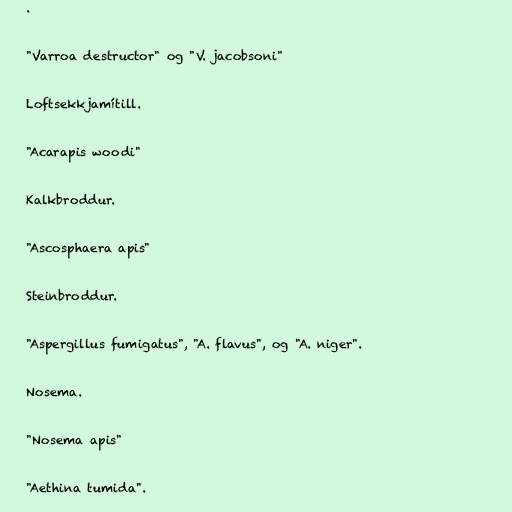
.

"Varroa destructor" og "V. jacobsoni"

Loftsekkjamítill.

"Acarapis woodi"

Kalkbroddur.

"Ascosphaera apis"

Steinbroddur.

"Aspergillus fumigatus", "A. flavus", og "A. niger".

Nosema.

"Nosema apis"

"Aethina tumida".